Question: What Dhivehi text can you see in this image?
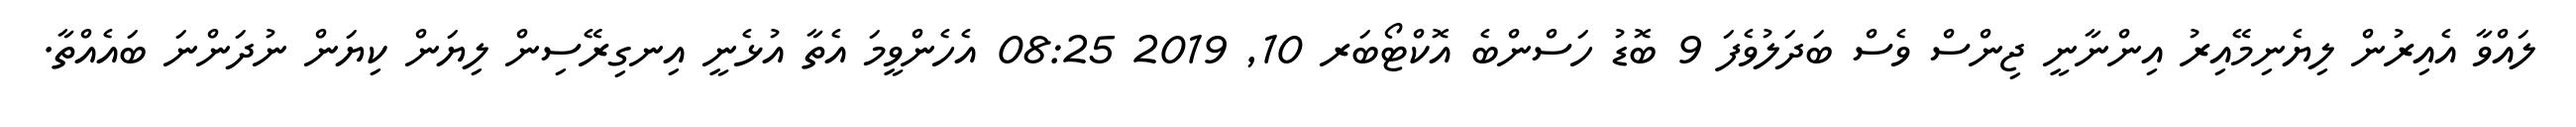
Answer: ލައްވާ އެއިރުން ލިޔެނިމޭއިރު އިންނާނީ ޖިންސް ވެސް ބަދަލުވެފަ 9 ބޮޑު ހަސްންބެ އޮކްޓޯބަރ 10, 2019 08:25 އެހެންވީމަ އެތާ އުޅެނީ އިނގިރޭސިން ލިޔަން ކިޔަން ނުދަންނަ ބައެއްތާ.